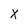
Character: x